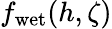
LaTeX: f_{\mathrm{wet}}(h,\zeta)